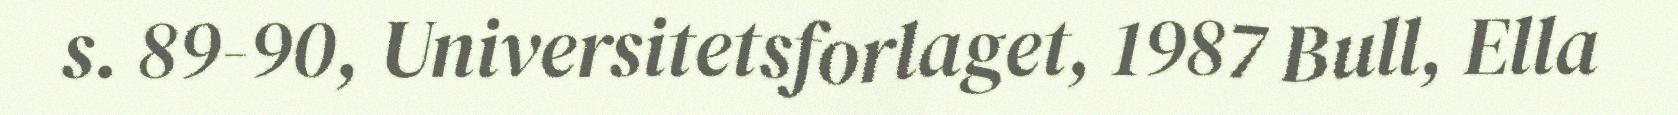
s. 89-90, Universitetsforlaget, 1987 Bull, Ella